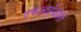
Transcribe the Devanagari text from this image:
एफआईजीसी